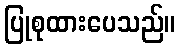
ပြုစုထားပေသည်။